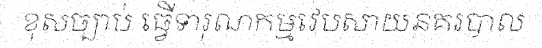
ខុសច្បាប់ ធ្វើទារុណកម្មវេបសាយនគរបាល